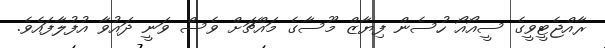
ރާއްޖެޓީވީގެ ސީއޯއޯ ހުސެން ފިޔާޒް މޫސާގެ މައްޗަށް ވެސް ވަނީ ދައުވާ އުފުލާފައެވެ.